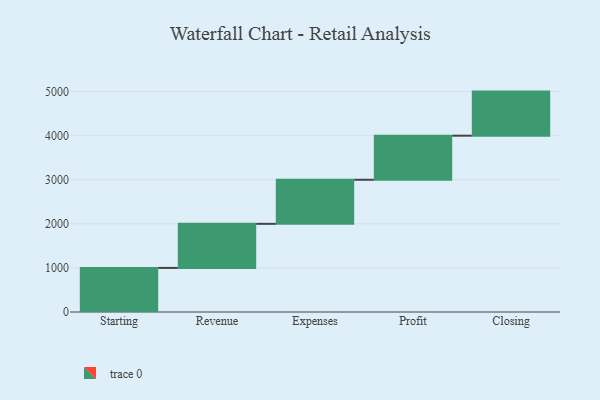
{"axis": {"x": "Step", "y": "Value"}, "legend": [""], "data": [{"x": "Starting", "y": 1000, "type": ""}, {"x": "Revenue", "y": 1000, "type": ""}, {"x": "Expenses", "y": 1000, "type": ""}, {"x": "Profit", "y": 1000, "type": ""}, {"x": "Closing", "y": 1000, "type": ""}]}